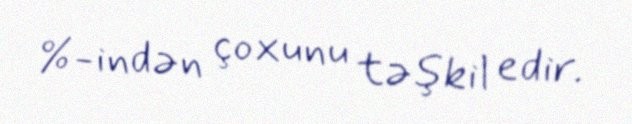
%-indən çoxunu təşkil edir.